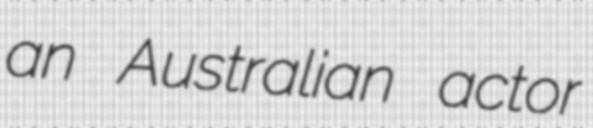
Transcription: an Australian actor